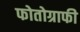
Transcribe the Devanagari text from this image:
फोतोग्राफी